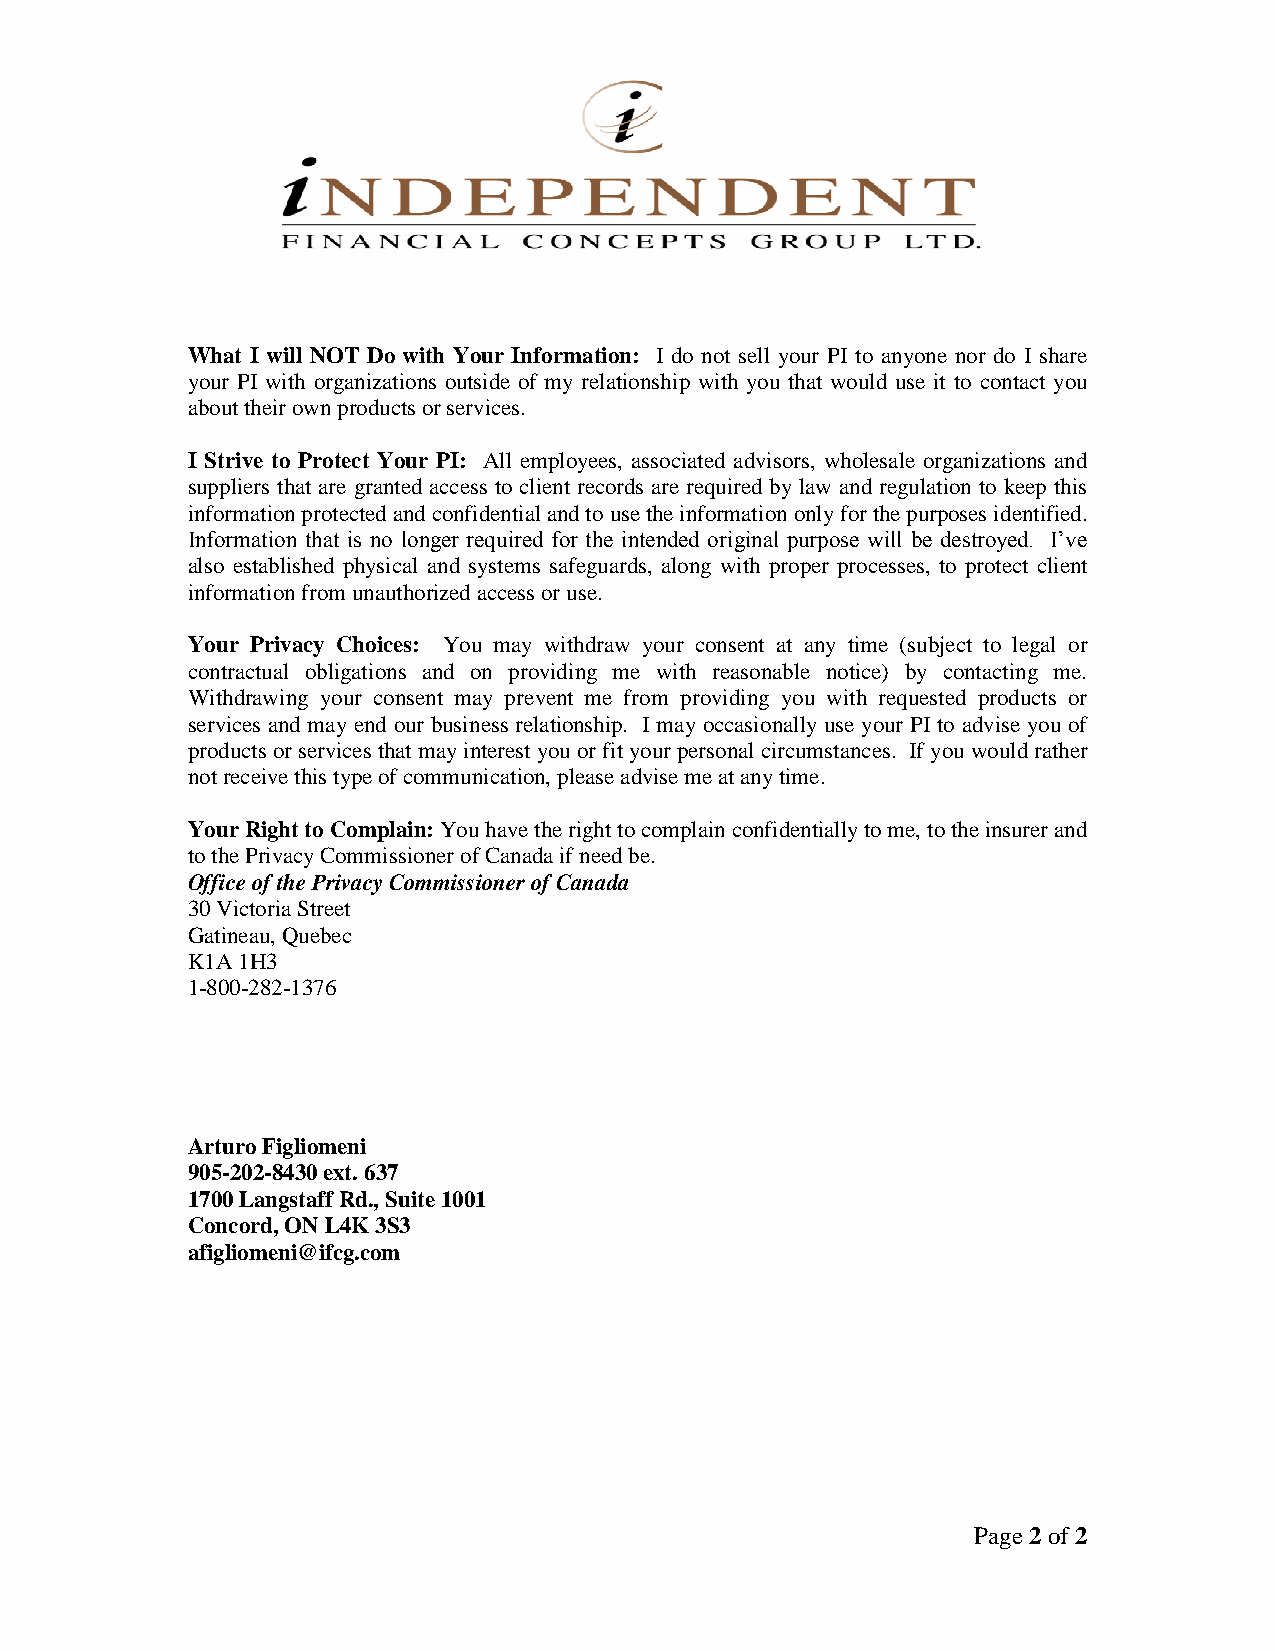
What I will NOT Do with Your Information: I do not sell your PI to anyone nor do I share
 your PI with organizations outside of my relationship with you that would use it to contact you
 about their own products or services.
 I Strive to Protect Your PI: All employees, associated advisors, wholesale organizations and
 suppliers that are granted access to client records are required by law and regulation to keep this
 information protected and confidential and to use the information only for the purposes identified.
 Information that is no longer required for the intended original purpose will be destroyed. I’ve
 also established physical and systems safeguards, along with proper processes, to protect client
 information from unauthorized access or use.
 Your Privacy Choices: You may withdraw your consent at any time (subject to legal or
 contractual obligations and on providing me with reasonable notice) by contacting me.
 Withdrawing your consent may prevent me from providing you with requested products or
 services and may end our business relationship. I may occasionally use your PI to advise you of
 products or services that may interest you or fit your personal circumstances. If you would rather
 not receive this type of communication, please advise me at any time.
 Your Right to Complain: You have the right to complain confidentially to me, to the insurer and
 to the Privacy Commissioner of Canada if need be.
 Office of the Privacy Commissioner of Canada
 30 Victoria Street
 Gatineau, Quebec
 K1A 1H3
 1-800-282-1376
 Arturo Figliomeni
 905-202-8430 ext. 637
 1700 Langstaff Rd., Suite 1001
 Concord, ON L4K 3S3
 afigliomeni@ifcg.com
 Page 2 of 2